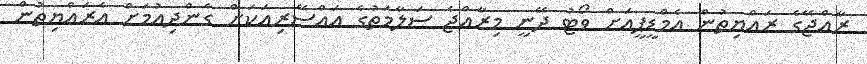
ރާއްޖޭގެ ރައްޔިތުން އެމްޑީޕީއަށް ވޯޓު ދޭނީ މިރާއްޖެ ސަލާމަތުގެ އައްސޭރިއަކަށް ގެންދިއުމަށް އެރައްޔިތުން